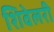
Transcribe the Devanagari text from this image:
शिवेलरी